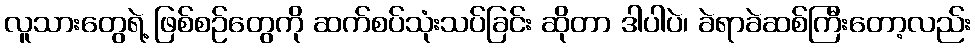
လူသားတွေရဲ့ ဖြစ်စဉ်တွေကို ဆက်စပ်သုံးသပ်ခြင်း ဆိုတာ ဒါပါပဲ၊ ခဲရာခဲဆစ်ကြီးတော့လည်း